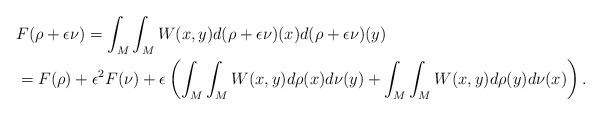
LaTeX: \begin{align*}& F(\rho + \epsilon \nu) = \int_M \int_M W(x,y) d(\rho + \epsilon \nu)(x) d(\rho + \epsilon \nu)(y) \\&= F(\rho) + \epsilon^2 F(\nu) + \epsilon \left( \int_M \int_M W(x,y) d\rho(x) d\nu(y) + \int_M \int_M W(x,y) d\rho(y) d\nu(x) \right). \end{align*}